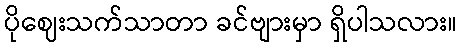
ပိုဈေးသက်သာတာ ခင်ဗျားမှာ ရှိပါသလား။